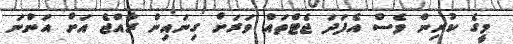
މީގެ ކުރިން ވެސް އެފަދަ ޖެޓްތައް ވަރަށް ގިނައިން ރާއްޖެ އަށް އަންނަ